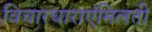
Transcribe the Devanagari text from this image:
विचारधाराएंमिलती